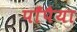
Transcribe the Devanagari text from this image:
पाँपैया